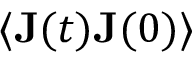
\langle \mathbf { J } ( t ) \mathbf { J } ( 0 ) \rangle